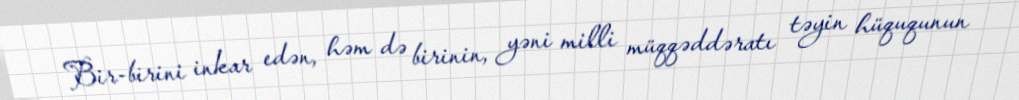
Bir-birini inkar edən, həm də birinin, yəni milli müqqəddəratı təyin hüququnun